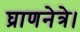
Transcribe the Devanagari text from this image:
घ्राणनेत्रे।